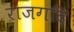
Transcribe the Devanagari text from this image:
राजगदि